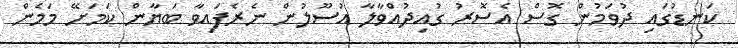
ކަނޑުގައި ދުވަމުން ގޮސް އެސޮރު ގުއިދުއްވާލާ އުސޫލުން ނެރެފައިވާ ބަޔާން ކަމަށޭ މަމެން